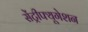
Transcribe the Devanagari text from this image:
सेंट्रीफ्यूगेशन